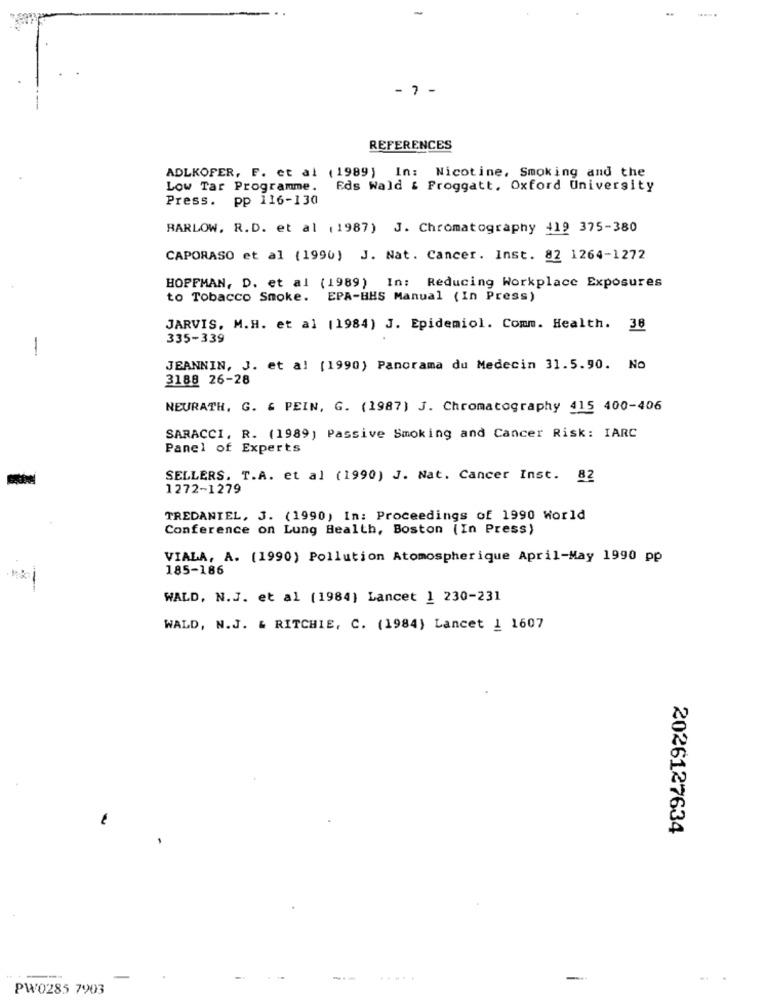
- 7 -
REFERENCES
ADLKOFER, F. et al (1989) In: Nicotine, Smoking and the
Low Tar Programme. Eds Wald & Froggatt. Oxford University
Press. pp 116-130
BARLOW, R.D. et al (1987) J. Chromatography 419 375-380
CAPORASO et al (1990) J. Nat. Cancer. Inst. 82 1264-1272
HOFFMAN, D. et al (1989) In: Reducing Workplace Exposures
to Tobacco Smoke. EPA-BHS Manual (In Press)
JARVIS, M.H. et al (1984) J. Epidemiol. Comm. Health. 38
335-339
-
JEANNIN, J. et al (1990) Panorama du Medecin 31.5.90. No
3188 26-28
NEURATH, G. & PEIN, G. (1987) J. Chromatography 415 400-406
SARACCI, R. (1989) Passive Smoking and Cancer Risk: IARC
Panel of Experts
SELLERS. T.A. et al (1990) J. Nat. Cancer Inst. 82
1272-1279
TREDANIEL, J. (1990) In: Proceedings of 1990 World
Conference on Lung Health, Boston (In Press)
VIALA, A. (1990) Pollution Atomospherique April-May 1990 pp
185-186
WALD, N.J. et al (1984) Lancet 1 230-231
WALD, N.J. & RITCHIE, C. (1984) Lancet 1 1607
2026127634
.....
PW0285 7903